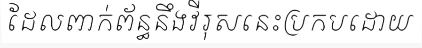
ដែលពាក់ព័ន្ធនឹងវីរុសនេះប្រកបដោយ